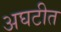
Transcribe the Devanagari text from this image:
अघटीत